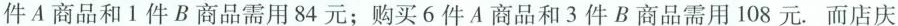
件A商品和1件B商品需用84元；购买6件A商品和3件B商品需用108元.而店庆